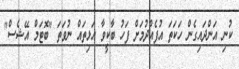
ކުނި އަންދައިގެން ހަކަތަ އުފެއްދުމަށް ފަހު ބާކީވާ އަޅިތައް ނުވަތަ "ބޮޓަމް އޭޝެސް"